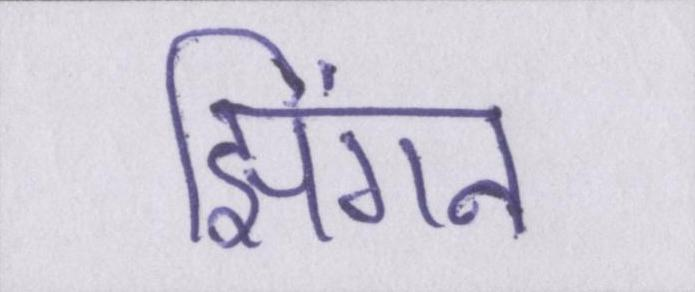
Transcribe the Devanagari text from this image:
झिंगन